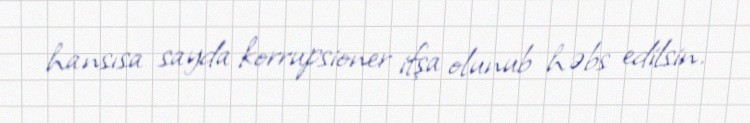
hansısa sayda korrupsioner ifşa olunub həbs edilsin.